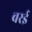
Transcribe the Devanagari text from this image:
वरई